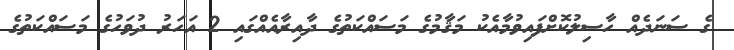
ގެ ސަނަދެއް ހާސިލުކޮށްފައިވުމާއެކު މަޤާމުގެ މަސައްކަތުގެ ދާއިރާއެއްގައި 2 އަހަރު ދުވަހުގެ މަސައްކަތުގެ